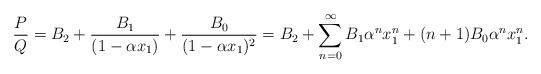
LaTeX: \begin{align*} \frac{P}{Q} = B_2 + \frac{B_1}{(1-\alpha x_1)} + \frac{B_0}{(1-\alpha x_1)^2} = B_2 + \sum_{n=0}^\infty B_1 \alpha^n x_1^n + (n+1)B_0 \alpha^n x_1^n. \end{align*}